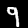
Digit: 9